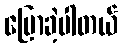
ပြောခဲ့ပါတယ်